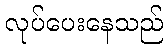
လုပ်ပေးနေသည်